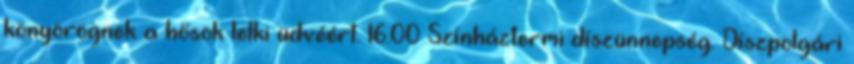
könyörögnek a hősök lelki üdvéért. 16.00 Színháztermi díszünnepség. Díszpolgári